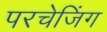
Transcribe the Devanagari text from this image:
परचेजिंग